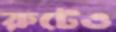
রুটেও